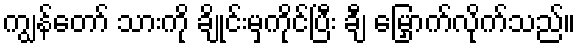
ကျွန်တော် သားကို ချိုင်းမှကိုင်ပြီး ချီ မြှောက်လိုက်သည်။